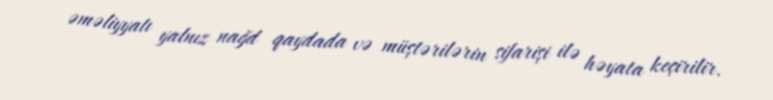
əməliyyatı yalnız nağd qaydada və müştərilərin sifarişi ilə həyata keçirilir.